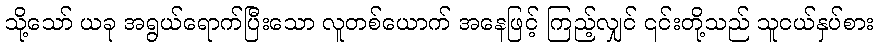
သို့သော် ယခု အရွယ်ရောက်ပြီးသော လူတစ်ယောက် အနေဖြင့် ကြည့်လျှင် ၎င်းတို့သည် သူငယ်နှပ်စား